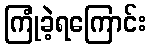
ကြုံခဲ့ရကြောင်း